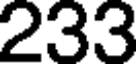
233